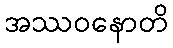
အဿဝနောတိ